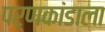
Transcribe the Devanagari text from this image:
पर्णकांडाला